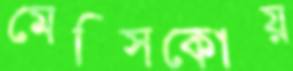
মেক্সিকোয়